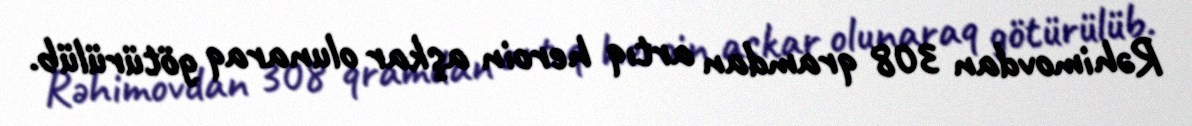
Rəhimovdan 308 qramdan artıq heroin aşkar olunaraq götürülüb.